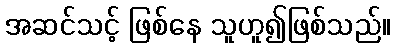
အဆင်သင့် ဖြစ်နေ သူဟူ၍ဖြစ်သည်။